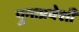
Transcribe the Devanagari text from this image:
पुनःप्रवेशी